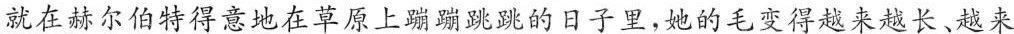
就在赫尔伯特得意地在草原上蹦蹦跳跳的日子里，她的毛变得越来越长、越来